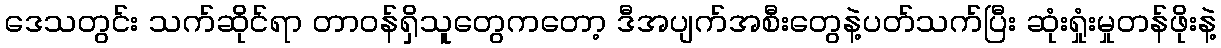
ဒေသတွင်း သက်ဆိုင်ရာ တာဝန်ရှိသူတွေကတော့ ဒီအပျက်အစီးတွေနဲ့ပတ်သက်ပြီး ဆုံးရှုံးမှုတန်ဖိုးနဲ့